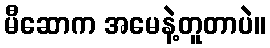
မီဆောက အမေနဲ့တူတာပဲ။